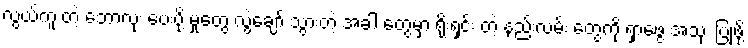
လွယ်ကူ တဲ့ ဘောလုံး ပေးပို့ မှုတွေ လွဲချော် သွားတဲ့ အခါ တွေမှာ ရိုးရှင်း တဲ့ နည်းလမ်း တွေကို ရှာဖွေ အသုံး ပြုဖို့